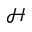
\mathcal { H }